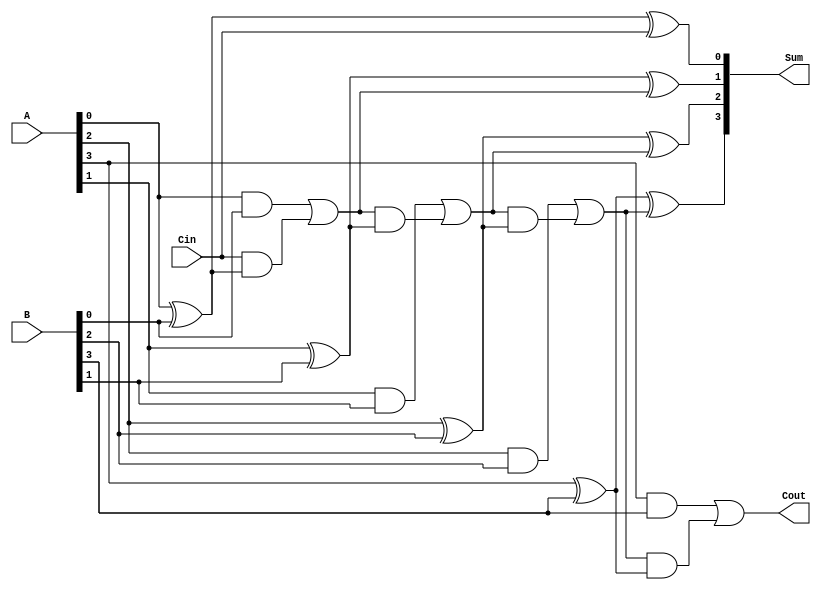
module conditional_sum_adder #(
    parameter N = 4  // Bit-width of the adder
)(
    input  [N-1:0] A,     // First n-bit input
    input  [N-1:0] B,     // Second n-bit input
    input        Cin,      // Carry-in
    output [N-1:0] Sum,    // Sum output
    output       Cout       // Carry-out
);

wire [N:0] C;           // Carry signals
wire [N-1:0] P;         // Partial sum outputs

// Generate carry signals and partial sums
genvar i;
generate
    for (i = 0; i < N; i = i + 1) begin : CSA
        if (i == 0) begin
            // For the least significant bit
            assign P[i] = A[i] ^ B[i] ^ Cin;
            assign C[i + 1] = (A[i] & B[i]) | (Cin & (A[i] ^ B[i]));
        end else begin
            // For other bits
            assign P[i] = A[i] ^ B[i] ^ C[i];
            assign C[i + 1] = (A[i] & B[i]) | (C[i] & (A[i] ^ B[i]));
        end
    end
endgenerate

// Final sum and carry-out
assign Sum = P;
assign Cout = C[N];

// Testbench (for simulation purposes)
initial begin
    // Example test cases can be added here
    // Add your test cases to validate the CSA functionality
end

endmodule